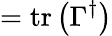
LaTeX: =\operatorname{tr}\left(\Gamma^{\dagger}\right)